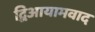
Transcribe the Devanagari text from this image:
द्विआयामवाद